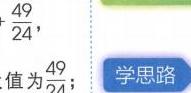
$\frac{49}{24}$，值为$\frac{49}{24}$；